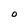
Character: 0